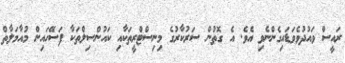
ރައީސް ވައުދުވެވަޑައިގެންނެވި އެވެ. އެ ގޮތުން ސަރުކާރުގެ މިނިސްޓްރީތަކާއި ކައުންސިލްތަކާ ފަސޭހައިން މުއާމަލާތް